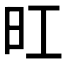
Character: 𪰆